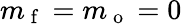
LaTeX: m_{\mathrm{~f~}}=m_{\mathrm{~o~}}=0